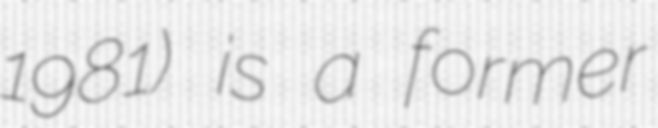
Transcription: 1981) is a former